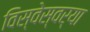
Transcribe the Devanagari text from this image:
विस्वेस्वर्या